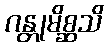
ဂန္တုမိစ္ဆသိ